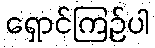
ရှောင်ကြဉ်ပါ